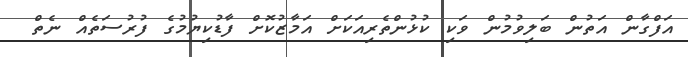
އަފްގާން އަތުން ބަލިވުމުން ވަކި ކުޅުންތެރިއަކަށް އަމާޒުކޮށް ފާޑުކިޔުމުގެ ފުރުސަތެއް ނެތް